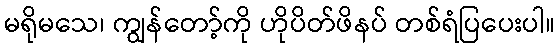
မရိုမသေ၊ ကျွန်တော့်ကို ဟိုပိတ်ဖိနပ် တစ်ရံပြပေးပါ။